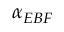
\alpha _ { E B F }